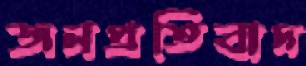
জনপ্রতিবাদ